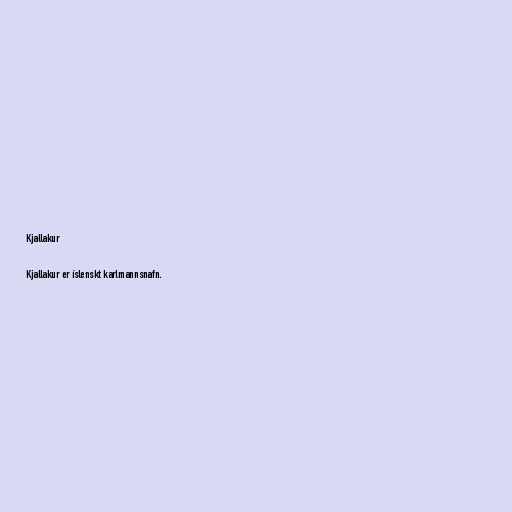
Kjallakur

Kjallakur er íslenskt karlmannsnafn.